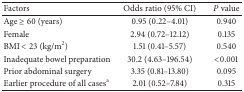
| Factors | Odds ratio (95% CI) | P value |
 | --- | --- | --- |
 | Age ≥ 60 (years) | 0.95 (0.22–4.01) | 0.940 |
 | Female | 2.94 (0.72–12.12) | 0.135 |
 | BMI < 23 (kg/m2) | 1.51 (0.41–5.57) | 0.540 |
 | Inadequate bowel preparation | 30.2 (4.63–196.54) | <0.001 |
 | Prior abdominal surgery | 3.35 (0.81–13.80) | 0.095 |
 | Earlier procedure of all casesa | 2.01 (0.52–7.84) | 0.315 |